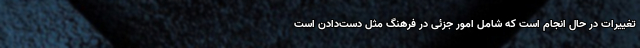
تغییرات در حال انجام است که شامل امور جزئی در فرهنگ مثل دست‌دادن است